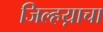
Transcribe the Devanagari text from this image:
जिल्हय़ाचा